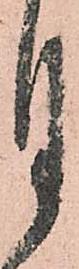
月